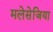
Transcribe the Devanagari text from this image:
मलेसेजिया